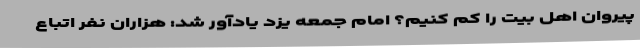
پیروان اهل بیت را کم کنیم؟ امام جمعه یزد یادآور شد: هزاران نفر اتباع